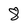
Character: 8